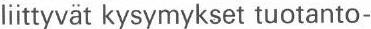
liittyvät kysymykset tuotanto-